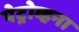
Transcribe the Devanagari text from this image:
पेट्रोव्हना